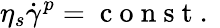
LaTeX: \eta_{s}\dot{\gamma}^{p}=\mathrm{~c~o~n~s~t~.~}